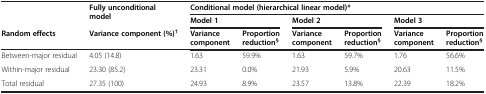
<table><thead><tr><td rowspan="2"><b> </b></td><td rowspan="2"><b>Fully unconditional model</b></td><td colspan="6"><b>Conditional model (hierarchical linear model)*</b></td></tr><tr><td colspan="2"><b>Model 1</b></td><td colspan="2"><b>Model 2</b></td><td colspan="2"><b>Model 3</b></td></tr><tr><td><b>Random effects</b></td><td><b>Variance component (%)<sup>†</sup></b></td><td><b>Variance component</b></td><td><b>Proportion reduction<sup>§</sup></b></td><td><b>Variance component</b></td><td><b>Proportion reduction<sup>§</sup></b></td><td><b>Variance component</b></td><td><b>Proportion reduction<sup>§</sup></b></td></tr></thead><tbody><tr><td>Between-major residual</td><td>4.05 (14.8)</td><td>1.63</td><td>59.9%</td><td>1.63</td><td>59.7%</td><td>1.76</td><td>56.6%</td></tr><tr><td>Within-major residual</td><td>23.30 (85.2)</td><td>23.31</td><td>0.0%</td><td>21.93</td><td>5.9%</td><td>20.63</td><td>11.5%</td></tr><tr><td>Total residual</td><td>27.35 (100)</td><td>24.93</td><td>8.9%</td><td>23.57</td><td>13.8%</td><td>22.39</td><td>18.2%</td></tr></tbody></table>